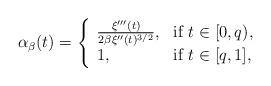
LaTeX: \begin{align*}\alpha_\beta(t)&=\left\{\begin{array}{ll}\frac{\xi'''(t)}{2\beta\xi''(t)^{3/2}},&\mbox{if $t\in[0,q)$},\\1,&\mbox{if $t\in[q,1]$},\end{array}\right.\end{align*}